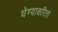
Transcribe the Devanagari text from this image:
घेण्याकरितां